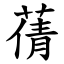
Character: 蒨